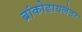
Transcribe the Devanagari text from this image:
ब्रांकोडायलेटर